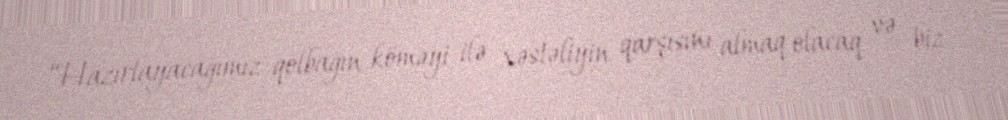
“Hazırlayacağımız qolbağın köməyi ilə xəstəliyin qarşısını almaq olacaq və biz